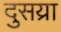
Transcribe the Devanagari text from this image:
दुसय्रा